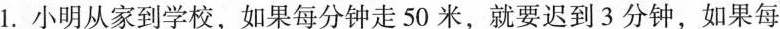
1.小明从家到学校，如果每分钟走50米，就要迟到3分钟，如果每